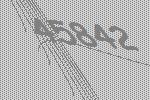
45842